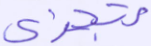
تجزي